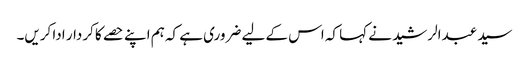
سید عبدالرشید نے کہا کہ اس کے لیے ضروری ہے کہ ہم اپنے حصے کا کردار ادا کریں۔